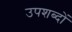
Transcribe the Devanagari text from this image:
उपशब्दों